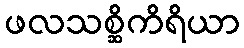
ဖလသစ္ဆိကိရိယာ